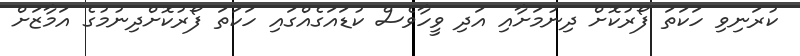
ކުރަނިވި ހަކަތަ ފޯރުކޮށް ދިނުމަށާއި އަދި ވީހާވެސް ކުޑައަގެއްގައި ހަކަތަ ފޯރުކޮށްދިނުމުގެ އަމާޒަށް